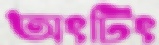
অংটিং